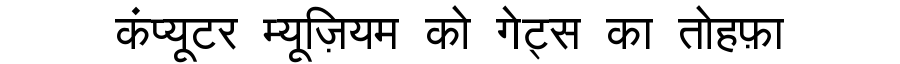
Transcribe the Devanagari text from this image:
कंप्यूटर म्यूज़ियम को गेट्स का तोहफ़ा